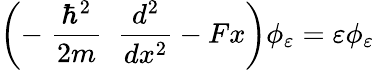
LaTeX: \left(-\; \frac{\hbar^{2}}{2m}\; \; \frac{d^{2}}{dx^{2}}-Fx\right)\phi_{\varepsilon}=\varepsilon\phi_{\varepsilon}